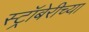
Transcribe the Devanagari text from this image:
स्ट्रॉबेरीच्या